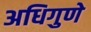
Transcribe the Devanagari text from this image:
अधिगुणे